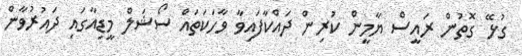
ގުޅޭ ގޮތުން ރައީސް ޔާމީން ކުރިން ދައްކާފައިވާ ވާހަކަތައް ސޯޝަލް މީޑިއާގައި ދައުރުވާން